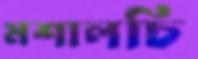
মশালচি